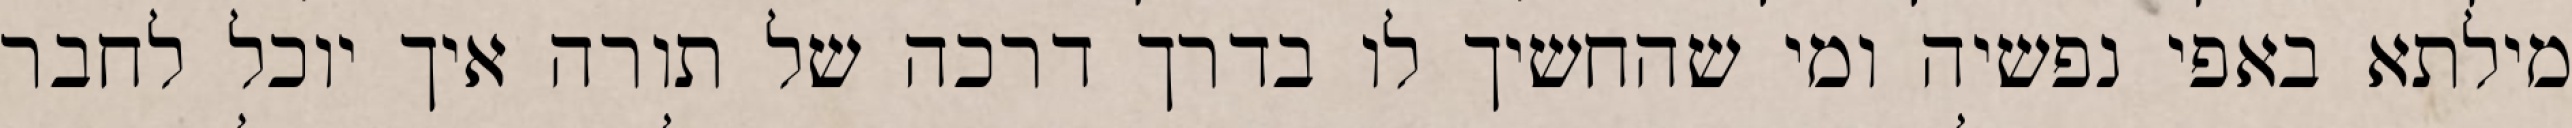
מילתא באפי נפשיה ומי שהחשיך לו בדרך דרכה של תורה איך יוכל לחבר